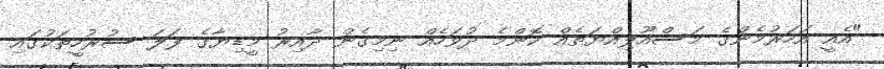
"އެއީ އަހަރުމެންގެ މަސްއޫލިއްޔަތެއް ކޮންމެ ދުވަހެއް ނިމިގެން ދާއިރު މީޑިޔާގެ ފަލަ ސުރުހީތަކުގައި